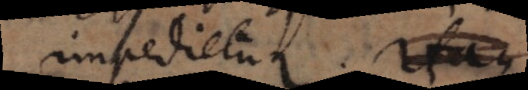
impedietur. Itaque